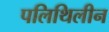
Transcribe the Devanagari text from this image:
पलिथिलीन